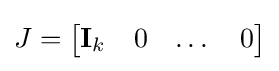
J={\begin{bmatrix}\mathbf {I} _{k}&0&\dots &0\end{bmatrix}}